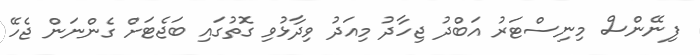
ފިނޭންސް މިނިސްޓަރު އަބްދު ޖިހާދު މިއަދު ވިދާޅުވި ގޮތުގައި ބަޖެޓަށް ގެންނަން ޖެހޭ